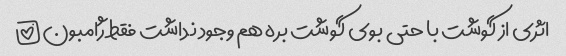
اثری از گوشت با حتی بوی گوشت بره هم وجود نداشت فقط ژامبون!!!!!!!!!